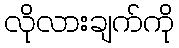
လိုလားချက်ကို